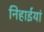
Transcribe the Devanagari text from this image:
निहाईयां